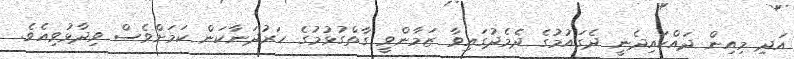
އަދި މިއިން ދައްކައިދެނީ ދެގައުމުގެ ދެމެދުގައިވާ ޒަމާންވީ ގާތްގުޅުމުގެ ހަރުދަނާކަން ކަމަށްވެސް ވިދާޅުވިއެވެ.